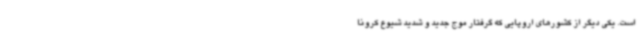
است. یکی دیگر از کشورهای اروپایی که گرفتار موج جدید و شدید شیوع کرونا